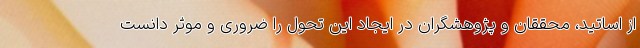
از اساتید، محققان و پژوهشگران در ایجاد این تحول را ضروری و موثر دانست